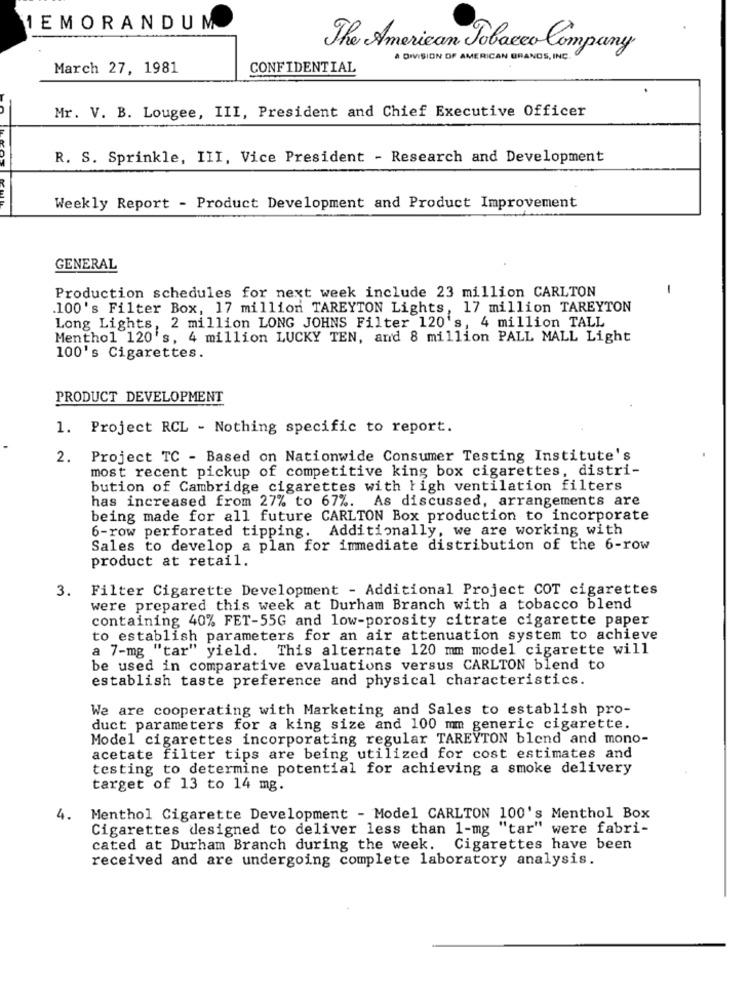
1EMORANDUM
The American Tobacco Company
A DIVISION OF AMERICAN BRANDS, INC.
March 27, 1981
CONFIDENTIAL
Mr. V. B. Lougee, III, President and Chief Executive Officer
R. S. Sprinkle, III, Vice President - Research and Development
Weekly Report - Product Development and Product Improvement
GENERAL
Production schedules for next week include 23 million CARLTON
-
.100's Filter Box, 17 million TAREYTON Lights, 17 million TAREYTON
Long Lights, 2 million LONG JOHNS Filter 120's, 4 million TALL
Menthol 120's, 4 million LUCKY TEN, and 8 million PALL MALL Light
100's Cigarettes.
PRODUCT DEVELOPMENT
1. Project RCL - Nothing specific to report.
2.
Project TC - Based on Nationwide Consumer Testing Institute's
most recent pickup of competitive king box cigarettes, distri-
bution of Cambridge cigarettes with high ventilation filters
has increased from 27% to 67%. As discussed, arrangements are
being made for all future CARLTON Box production to incorporate
6-row perforated tipping. Additionally, we are working with
Sales to develop a plan for immediate distribution of the 6-row
product at retail.
3.
Filter Cigarette Development - Additional Project COT cigarettes
were prepared this week at Durham Branch with a tobacco blend
containing 40% FET-55G and low-porosity citrate cigarette paper
to establish parameters for an air attenuation system to achieve
a 7-mg "tar" yield. This alternate 120 mm model cigarette will
be used in comparative evaluations versus CARLTON blend to
establish taste preference and physical characteristics.
We are cooperating with Marketing and Sales to establish pro-
duct parameters for a king size and 100 mm generic cigarette.
Model cigarettes incorporating regular TAREYTON blend and mono-
acetate filter tips are being utilized for cost estimates and
testing to determine potential for achieving a smoke delivery
target of 13 to 14 mg.
4.
Menthol Cigarette Development - Model CARLTON 100's Menthol Box
Cigarettes designed to deliver less than 1-mg "tar" were fabri-
cated at Durham Branch during the week. Cigarettes have been
received and are undergoing complete laboratory analysis.